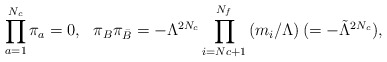
\begin{align*}\prod_{a=1}^{N_c}\pi_a = 0, \ \ \pi_B\pi_{\bar B} = -\Lambda^{2N_c}\prod_{i=Nc+1}^{N_f}\left(m_i/\Lambda\right)(=-{\tilde \Lambda}^{2N_c}),\end{align*}